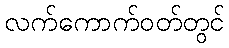
လက်ကောက်ဝတ်တွင်